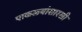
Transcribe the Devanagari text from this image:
पाकळ्यांसारखी